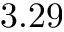
3 . 2 9